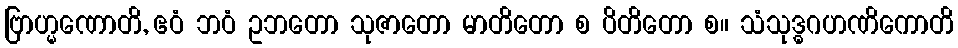
ဗြာဟ္မဏောတိ, ဧဝံ ဘဝံ ဥဘတော သုဇာတော မာတိတော စ ပိတိတော စ။ သံသုဒ္ဓဂဟဏိကောတိ